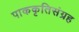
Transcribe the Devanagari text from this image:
पाककृतिसंग्रह